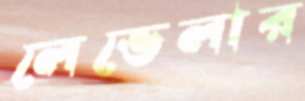
লেভেলার